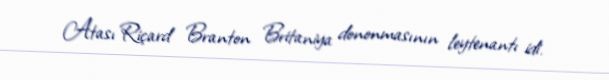
Atası Riçard Branton Britaniya dononmasının leytenantı idi.